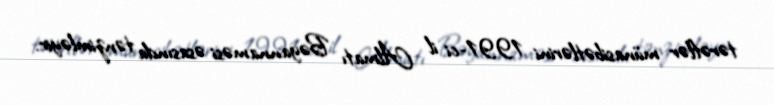
tərəflər münasibətlərini 1991-ci il Almatı Bəyannaməsi əsasında tənzimləyir.